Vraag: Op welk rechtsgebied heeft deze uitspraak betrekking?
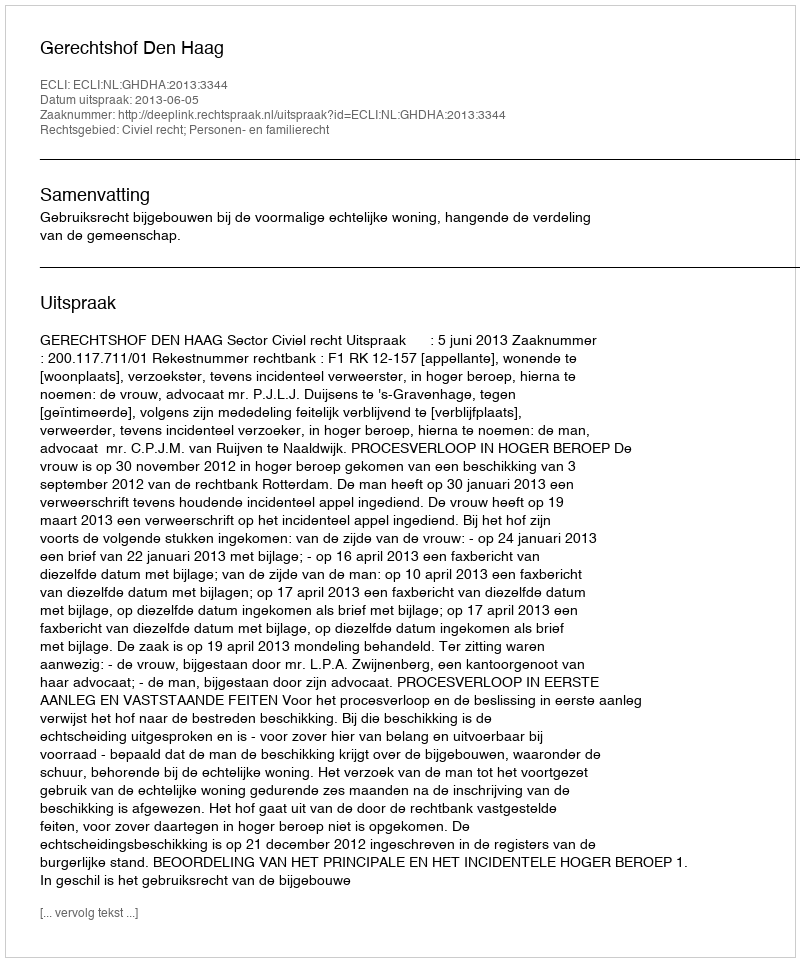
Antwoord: Civiel recht; Personen- en familierecht